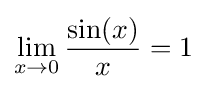
\lim _{x\to 0}{\frac {\sin(x)}{x}}=1